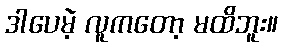
ဒါပေမဲ့ လူကတော့ မထိဘူး။